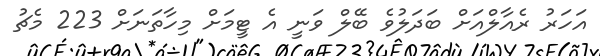
އަހަރު ރެއާލްއަށް ބަދަލުވެ ބޭލް ވަނީ އެ ޓީމަށް މިހާތަނަށް 223 މެޗު